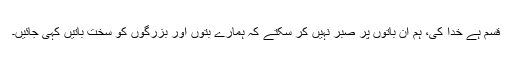
قسم ہے خدا کی، ہم ان باتوں پر صبر نہیں کر سکتے کہ ہمارے بتوں اور بزرگوں کو سخت باتیں کہی جائیں۔